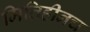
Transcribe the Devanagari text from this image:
मितिहीनच